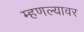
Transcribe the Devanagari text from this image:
म्हणल्यावर